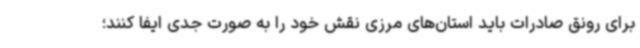
برای رونق صادرات باید استان‌های مرزی نقش خود را به صورت جدی ایفا کنند؛